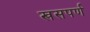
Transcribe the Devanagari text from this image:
खसपर्ण